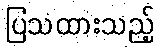
ပြသထားသည့်